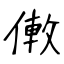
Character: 僌